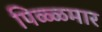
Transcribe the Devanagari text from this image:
पिळ्ळमार